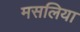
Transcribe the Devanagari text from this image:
मसलिया